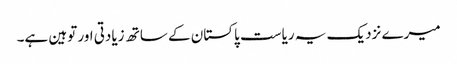
میرے نزدیک یہ ریاست پاکستان کے ساتھ زیادتی اور توہین ہے۔